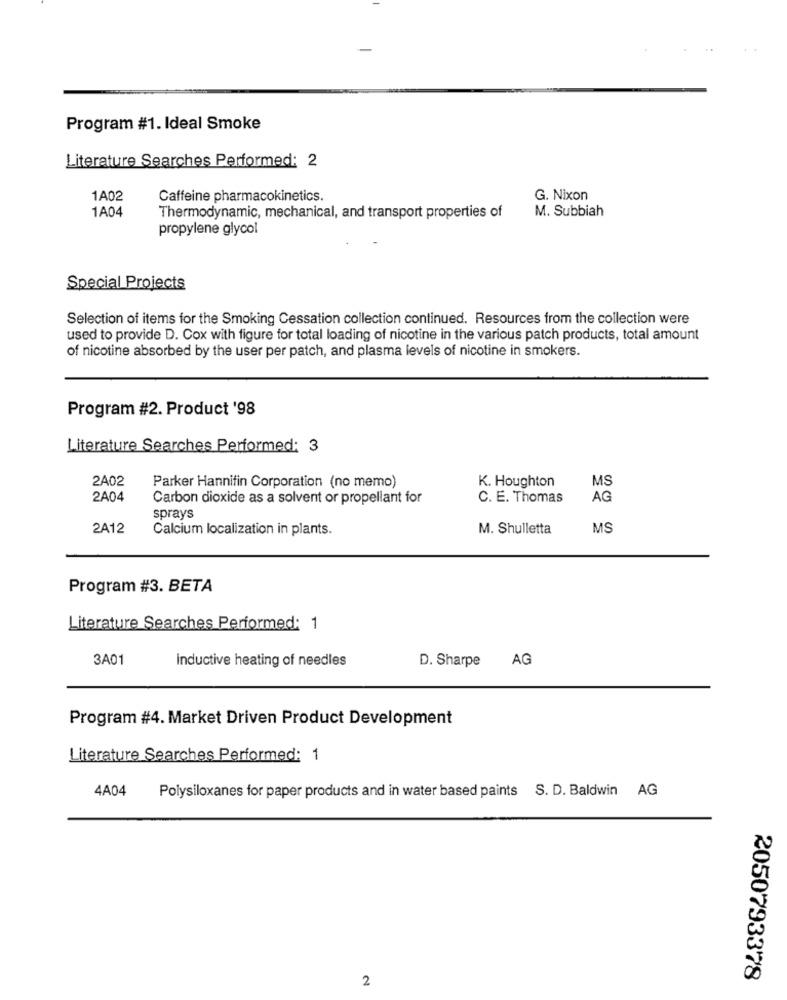
Program #1. Ideal Smoke
Literature Searches Performed: 2
1A02
Caffeine pharmacokinetics.
G. Nixon
1A04
M. Subbiah
Thermodynamic, mechanical, and transport properties of
propylene glycol
Special Projects
Selection of items for the Smoking Cessation collection continued. Resources from the collection were
used to provide D. Cox with figure for total loading of nicotine in the various patch products, total amount
of nicotine absorbed by the user per patch, and plasma levels of nicotine in smokers.
Program #2. Product '98
Literature Searches Performed: 3
2A02
Parker Hannifin Corporation (no memo)
K. Houghton
MS
2A04
Carbon dioxide as a solvent or propellant for
C. E. Thomas
AG
sprays
2A12
Calcium localization in plants.
M. Shulletta
MS
Program #3. BETA
Literature Searches Performed: 1
3A01
Inductive heating of needles
D. Sharpe
AG
Program #4. Market Driven Product Development
Literature Searches Performed: 1
4A04
Polysiloxanes for paper products and in water based paints S. D. Baldwin AG
2
2050793378